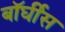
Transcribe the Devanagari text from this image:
बॉर्घीस